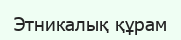
Этникалық құрам